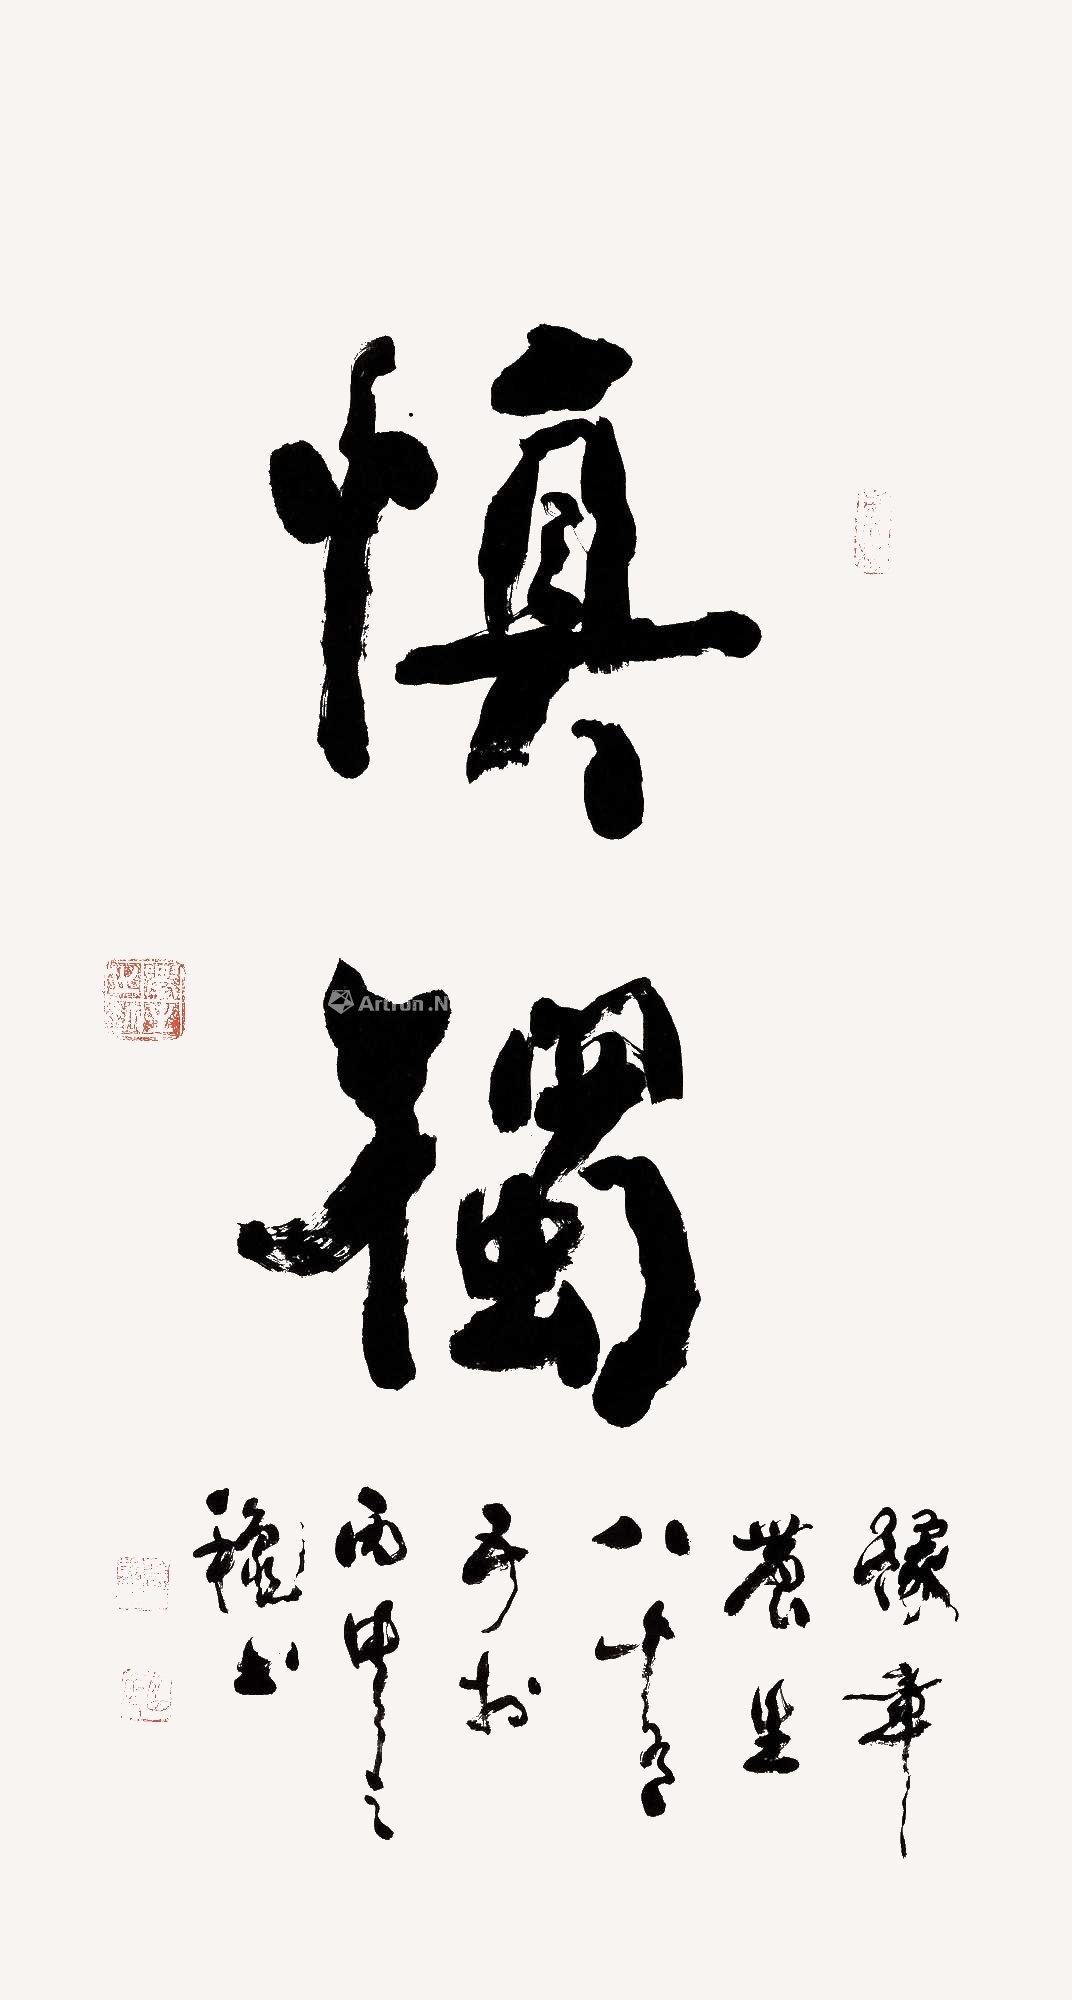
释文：慎独，豫章农生八十有五由丙申之秋书